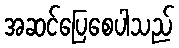
အဆင်ပြေစေပါသည်